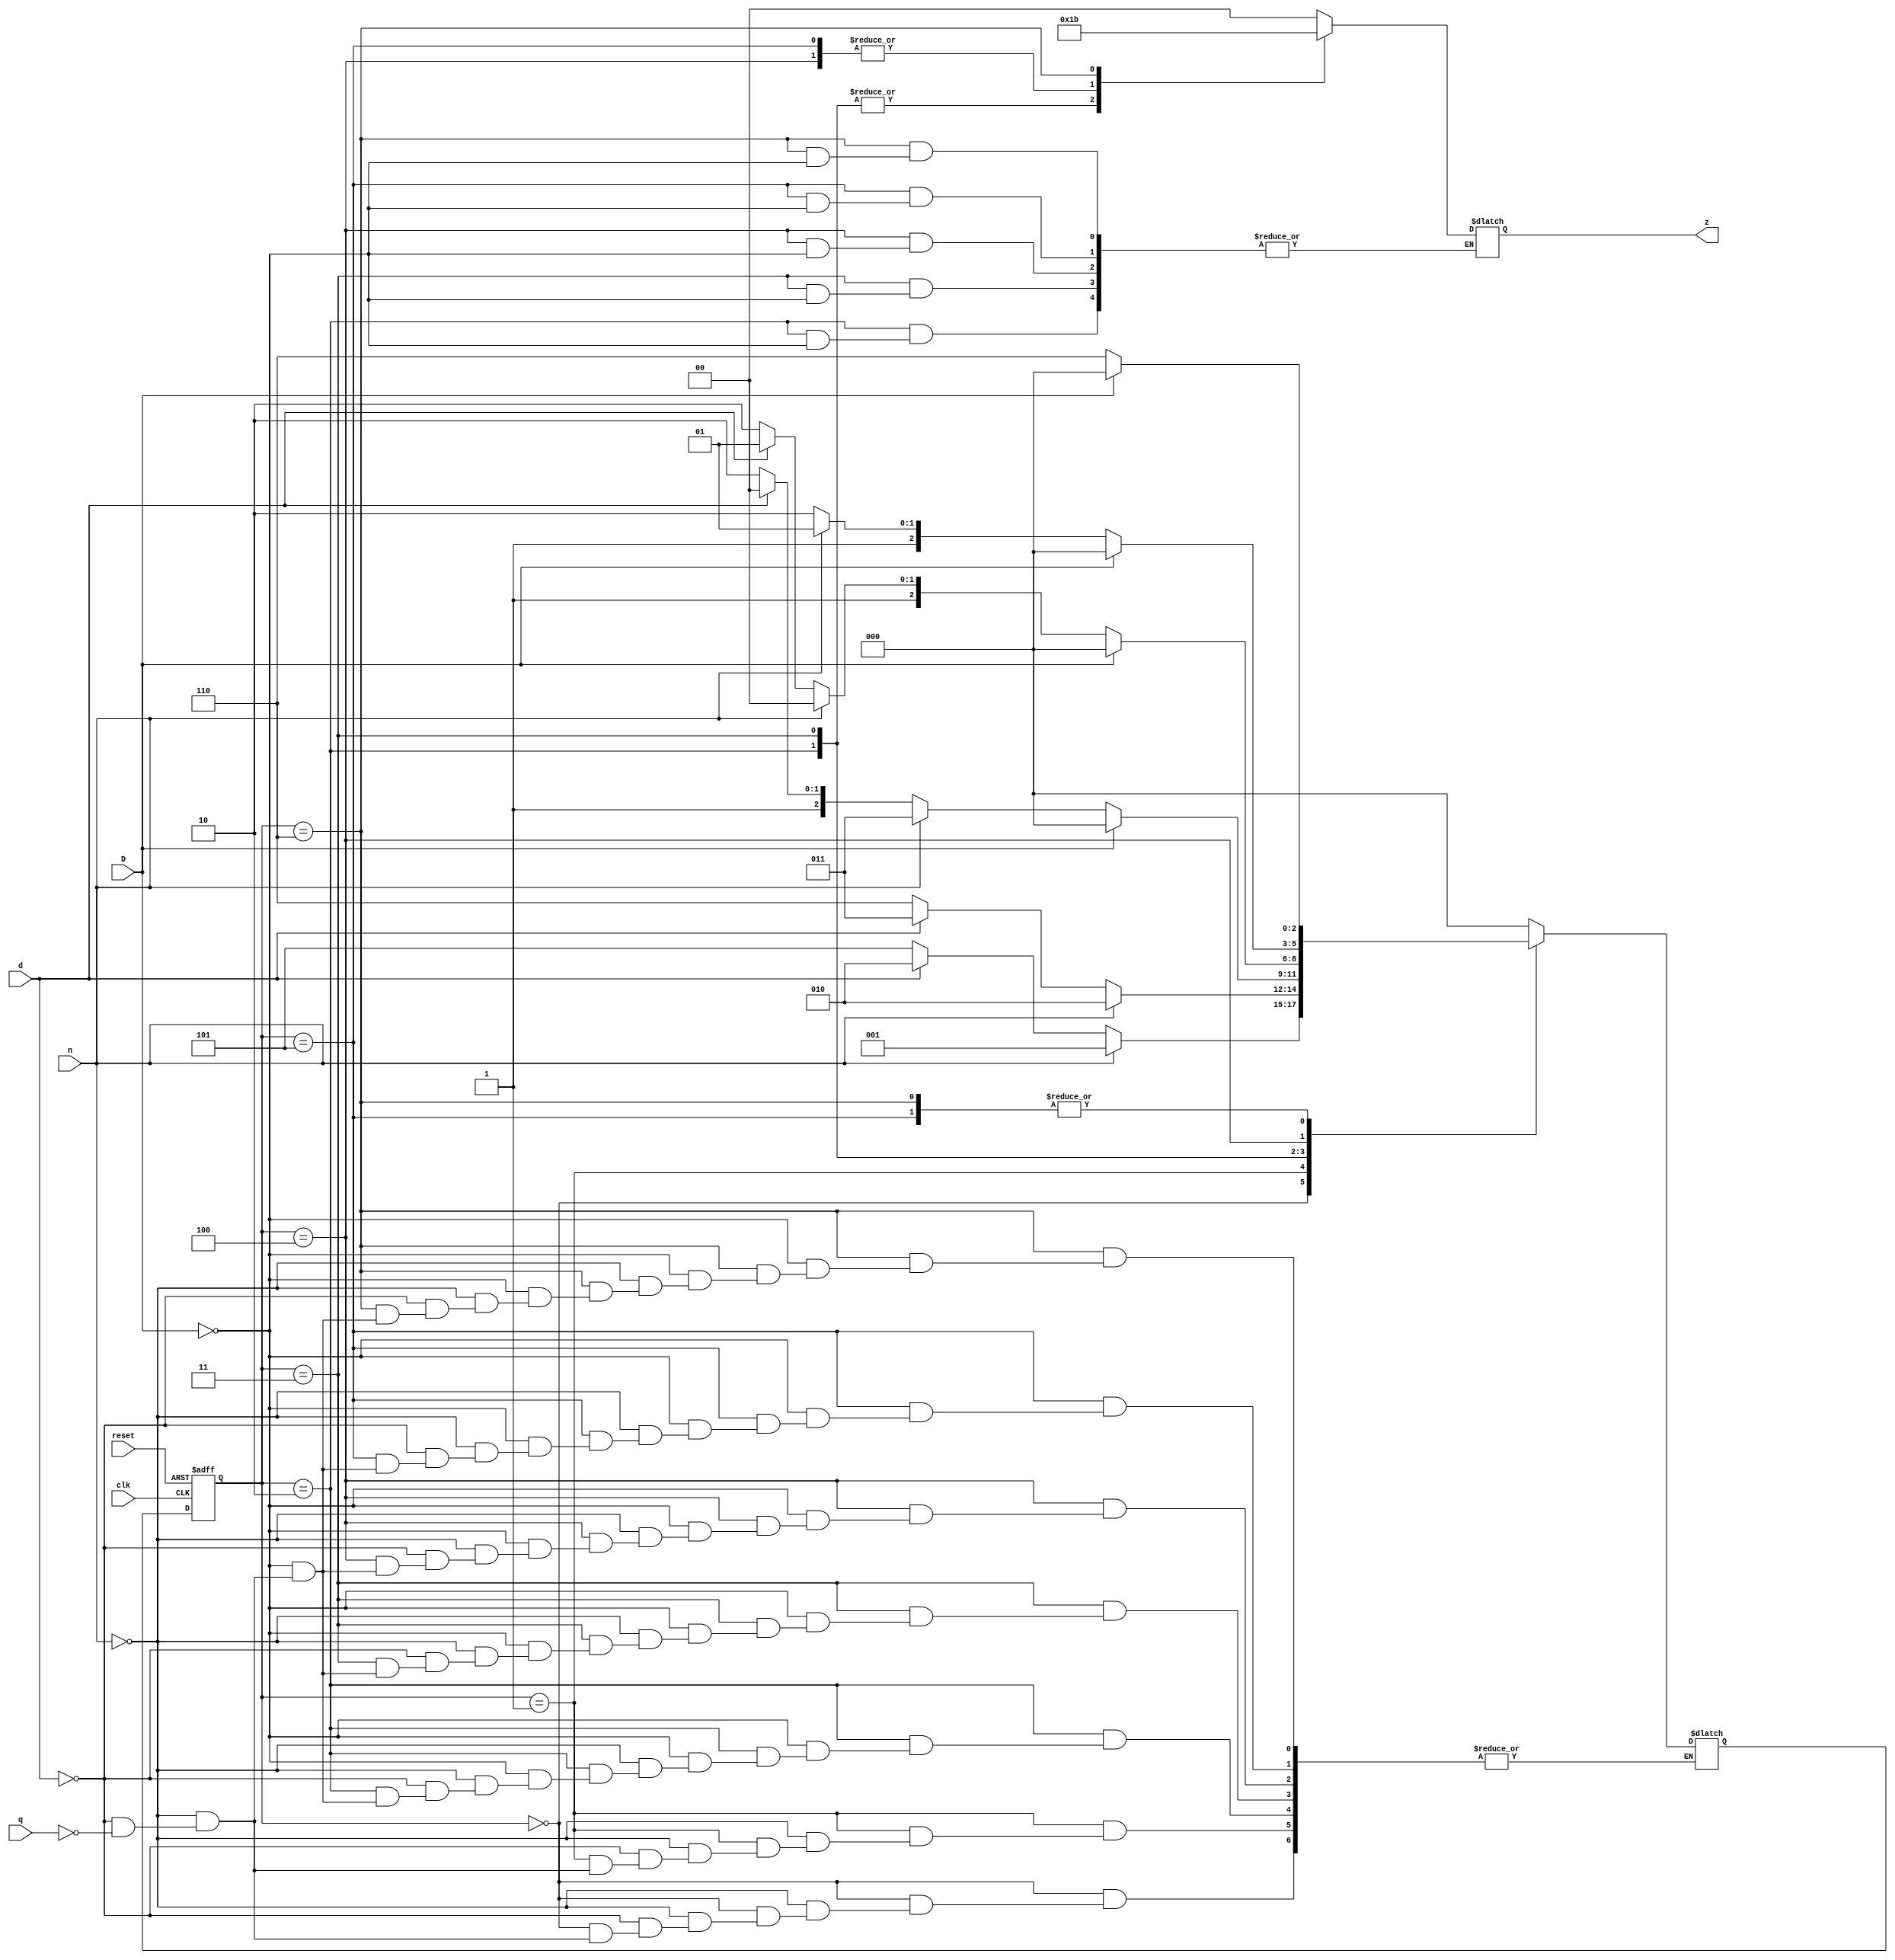
module vending_mac (output reg [1:0] z, input wire reset, clk, n, d, q, D);
	reg [2:0] current_state, next_state;
	parameter s0 = 3'b000, s1 = 3'b001, s2 = 3'b010, s3 = 3'b011, s4 = 3'b100, s5 = 3'b101, s6 = 3'b110;

	//STATE MEMORY
	always @ (posedge clk or negedge reset)
	begin
		if (!reset)
			current_state <= s0;
		else
			current_state <= next_state;
	end

	//NEXT STATE LOGIC
	// n-Nickel, d-Dime, q-Quarter, D-Done
	always @ (current_state or n or d or q or D)
	begin
		case (current_state)
			s0: if(n) next_state=s1; else if(d) next_state=s2; else if(q) next_state=s5;
			s1: if(n) next_state=s2; else if(d) next_state=s3; else if(q) next_state=s6;
			s2: if(D) next_state=s0; else if(n) next_state=s3; else if(d) next_state=s4; else if(q) next_state=s6;
			s3: if(D) next_state=s0; else if(n) next_state=s4; else if(d) next_state=s5; else if(q) next_state=s6;
			s4: if(D) next_state=s0; else if(n) next_state=s5; else if(d) next_state=s6; else if(q) next_state=s6;
			s5: if(D) next_state=s0; else if(n) next_state=s6; else if(d) next_state=s6; else if(q) next_state=s6;
			s6: if(D) next_state=s0; else if(n) next_state=s6; else if(d) next_state=s6; else if(q) next_state=s6;
			default: next_state=s0;
		endcase
	end
	
	//OUTPUT LOGIC
	always @ (current_state or D)
	begin
		case (current_state)
			s2:if(D) z=2'b01;//pencil 
			s3:if(D) z=2'b01;//pencil 
			s4:if(D) z=2'b10;//eraser 
			s5:if(D) z=2'b10;//eraser 
			s6:if(D) z=2'b11;//pen 
			default: z=2'b00;
		endcase
	end
endmodule